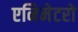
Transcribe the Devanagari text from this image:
एनिमेटरो